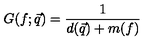
G ( f ; \vec { q } ) = \frac { 1 } { d ( \vec { q } ) + m ( f ) }